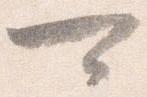
可